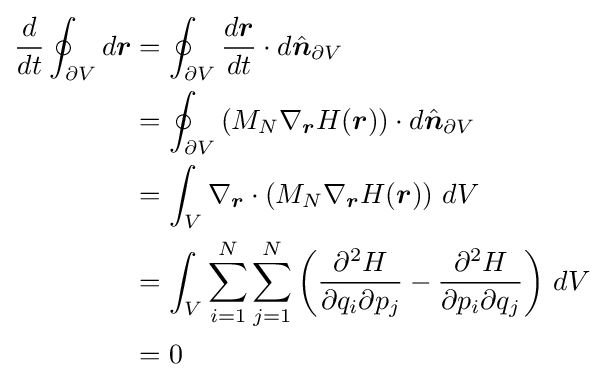
{\begin{aligned}{\frac {d}{dt}}\oint _{\partial V}d{\boldsymbol {r}}&=\oint _{\partial V}{\frac {d{\boldsymbol {r}}}{dt}}\cdot d{\hat {\boldsymbol {n}}}_{\partial V}\\&=\oint _{\partial V}\left(M_{N}\nabla _{\boldsymbol {r}}H({\boldsymbol {r}})\right)\cdot d{\hat {\boldsymbol {n}}}_{\partial V}\\&=\int _{V}\nabla _{\boldsymbol {r}}\cdot \left(M_{N}\nabla _{\boldsymbol {r}}H({\boldsymbol {r}})\right)\,dV\\&=\int _{V}\sum _{i=1}^{N}\sum _{j=1}^{N}\left({\frac {\partial ^{2}H}{\partial q_{i}\partial p_{j}}}-{\frac {\partial ^{2}H}{\partial p_{i}\partial q_{j}}}\right)\,dV\\&=0\end{aligned}}